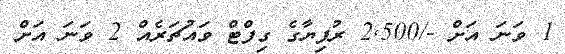
1 ވަނަ އަށް -/2